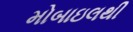
મોબાઇલથી